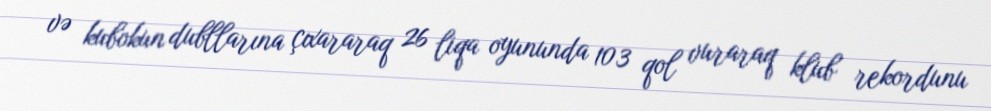
və kubokun dubllarına çıxararaq 26 liqa oyununda 103 qol vuraraq klub rekordunu